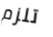
تلزم